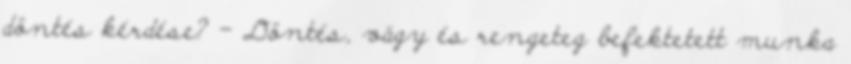
döntés kérdése? – Döntés, vágy és rengeteg befektetett munka